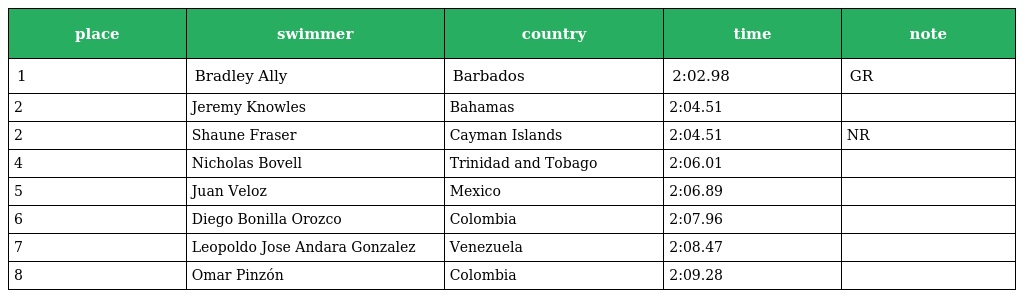
| place | swimmer | country | time | note |
 | --- | --- | --- | --- | --- |
 | 1 | Bradley Ally | Barbados | 2:02.98 | GR |
 | 2 | Jeremy Knowles | Bahamas | 2:04.51 |  |
 | 2 | Shaune Fraser | Cayman Islands | 2:04.51 | NR |
 | 4 | Nicholas Bovell | Trinidad and Tobago | 2:06.01 |  |
 | 5 | Juan Veloz | Mexico | 2:06.89 |  |
 | 6 | Diego Bonilla Orozco | Colombia | 2:07.96 |  |
 | 7 | Leopoldo Jose Andara Gonzalez | Venezuela | 2:08.47 |  |
 | 8 | Omar Pinzón | Colombia | 2:09.28 |  |